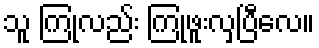
သူ ကြုံလည်း ကြုံဖူးလှပြီလေ။